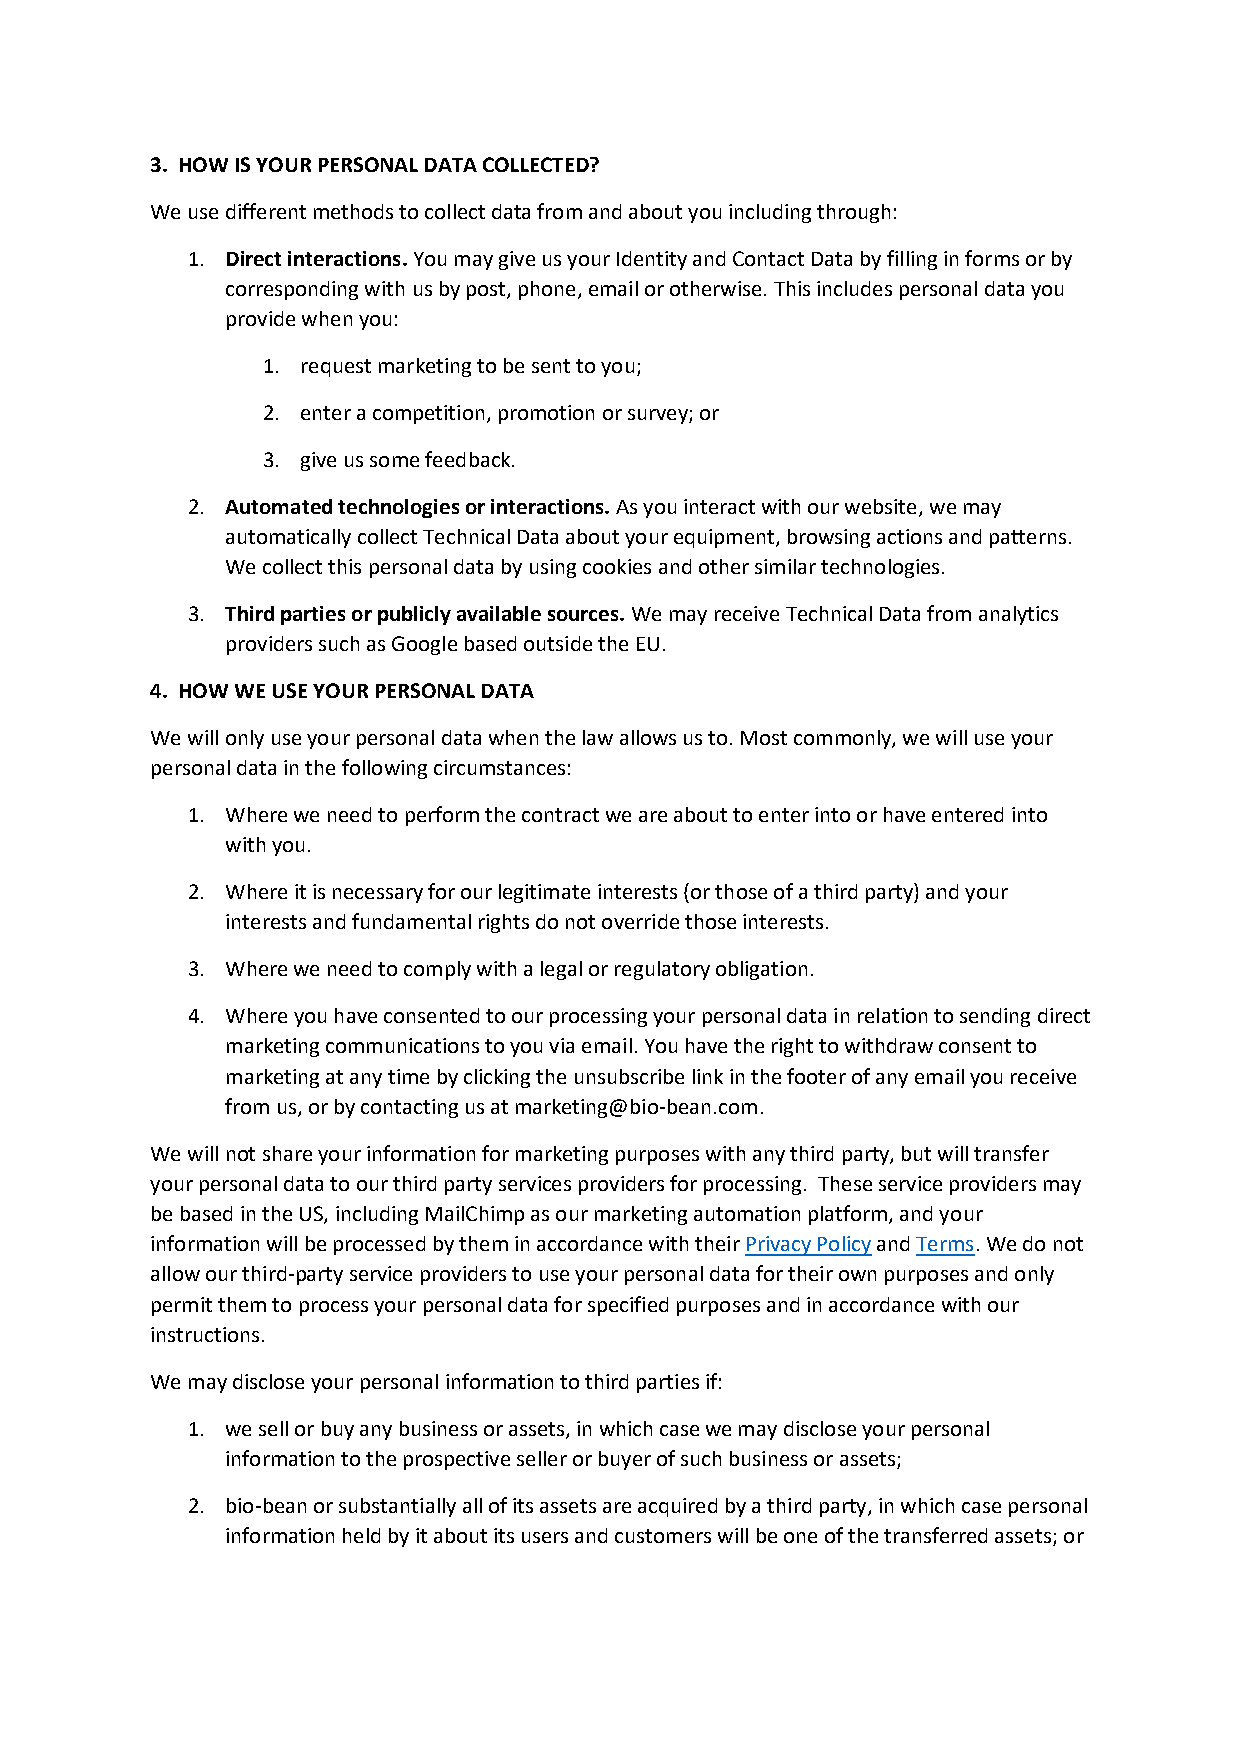
3. HOW IS YOUR PERSONAL DATA COLLECTED?
 We use different methods to collect data from and about you including through:
 1. Direct interactions. You may give us your Identity and Contact Data by filling in forms or by
 corresponding with us by post, phone, email or otherwise. This includes personal data you
 provide when you:
 1. request marketing to be sent to you;
 2. enter a competition, promotion or survey; or
 3. give us some feedback.
 2. Automated technologies or interactions. As you interact with our website, we may
 automatically collect Technical Data about your equipment, browsing actions and patterns.
 We collect this personal data by using cookies and other similar technologies.
 3. Third parties or publicly available sources. We may receive Technical Data from analytics
 providers such as Google based outside the EU.
 4. HOW WE USE YOUR PERSONAL DATA
 We will only use your personal data when the law allows us to. Most commonly, we will use your
 personal data in the following circumstances:
 1. Where we need to perform the contract we are about to enter into or have entered into
 with you.
 2. Where it is necessary for our legitimate interests (or those of a third party) and your
 interests and fundamental rights do not override those interests.
 3. Where we need to comply with a legal or regulatory obligation.
 4. Where you have consented to our processing your personal data in relation to sending direct
 marketing communications to you via email. You have the right to withdraw consent to
 marketing at any time by clicking the unsubscribe link in the footer of any email you receive
 from us, or by contacting us at marketing@bio-bean.com.
 We will not share your information for marketing purposes with any third party, but will transfer
 your personal data to our third party services providers for processing. These service providers may
 be based in the US, including MailChimp as our marketing automation platform, and your
 information will be processed by them in accordance with their Privacy Policy and Terms. We do not
 allow our third-party service providers to use your personal data for their own purposes and only
 permit them to process your personal data for specified purposes and in accordance with our
 instructions.
 We may disclose your personal information to third parties if:
 1. we sell or buy any business or assets, in which case we may disclose your personal
 information to the prospective seller or buyer of such business or assets;
 2. bio-bean or substantially all of its assets are acquired by a third party, in which case personal
 information held by it about its users and customers will be one of the transferred assets; or